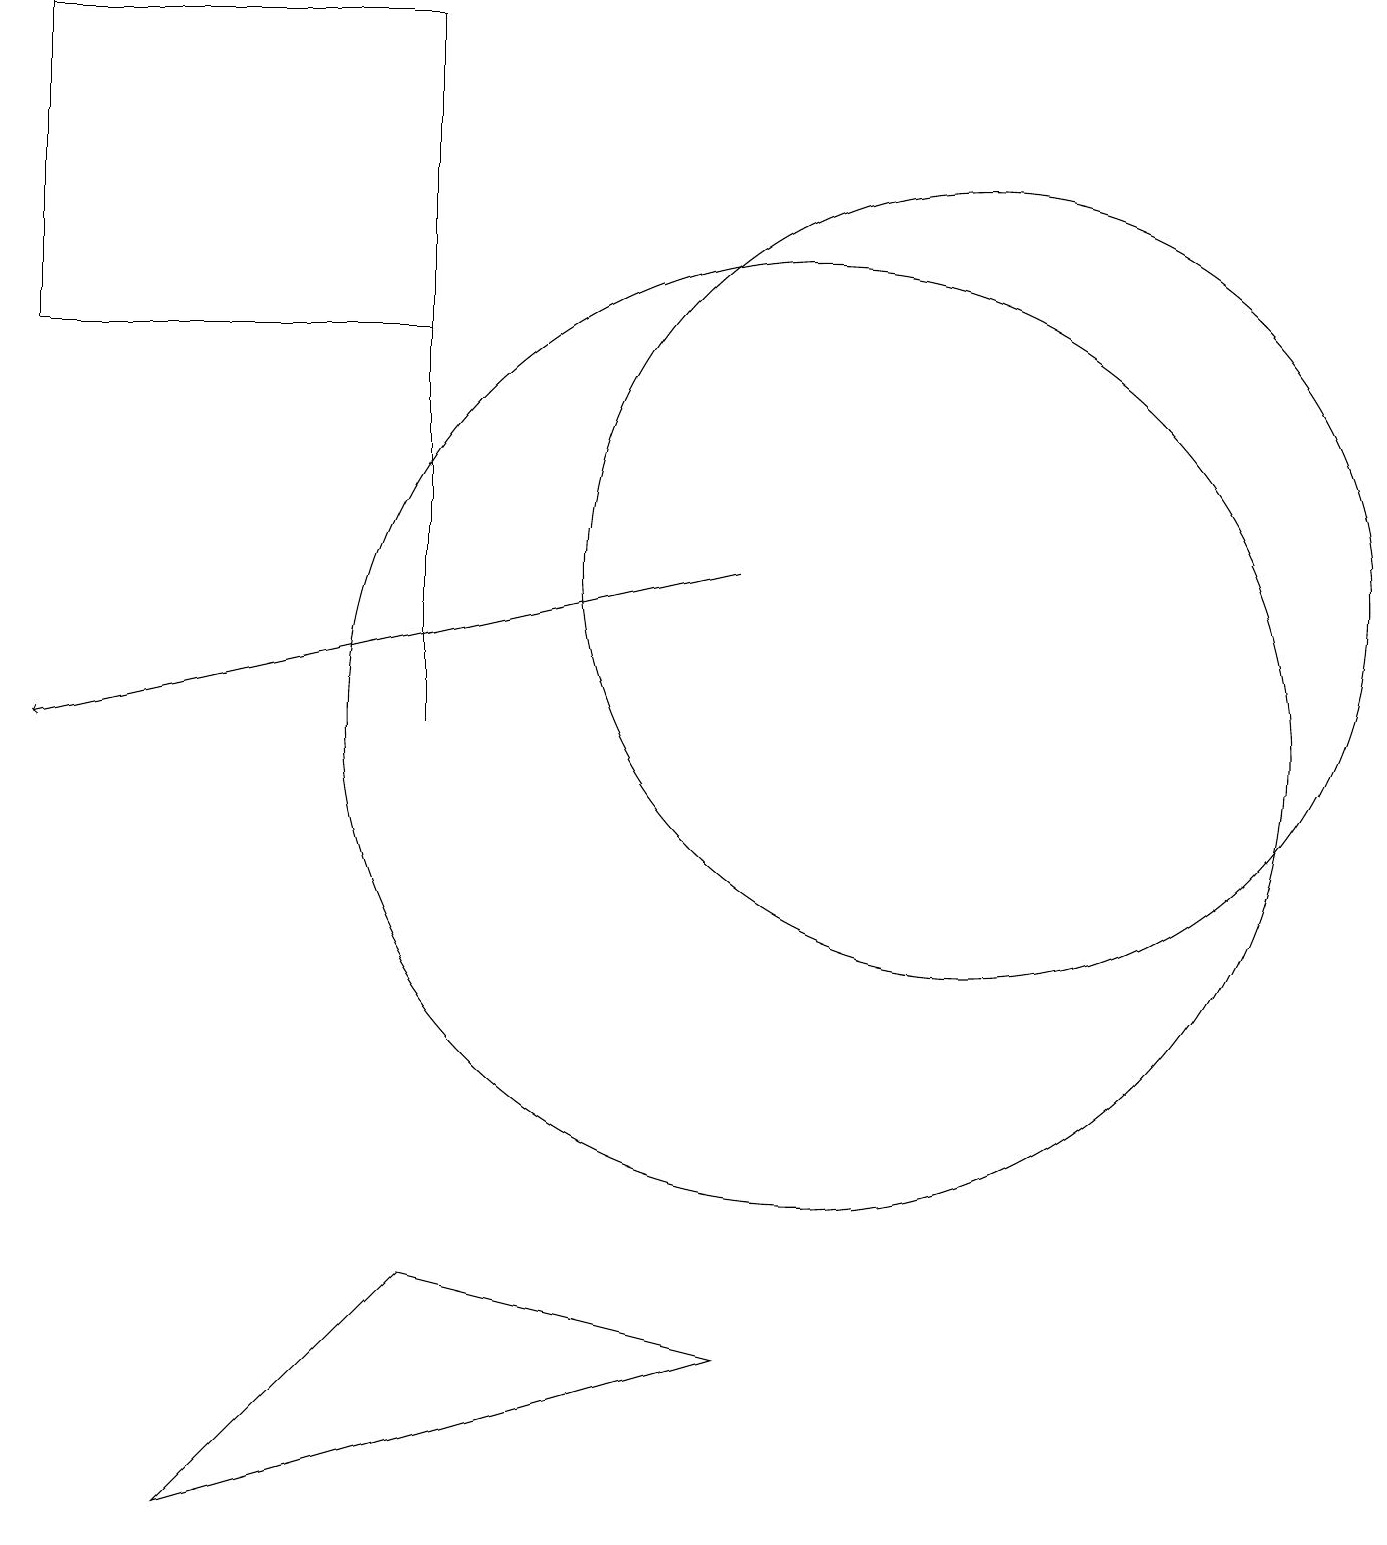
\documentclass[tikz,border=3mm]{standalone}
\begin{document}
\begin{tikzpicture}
\draw[->] (9,12) -- (0,10);
\draw (0,15) rectangle (5,19);
\draw (10,10) circle (6);
\draw (9,2) -- (2,0) -- (5,3) -- cycle;
\draw (5,19) rectangle (5,10);
\draw (12,12) circle (5);
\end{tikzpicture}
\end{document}